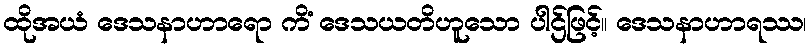
ထိုအယံ ဒေသနာဟာရော ကိံ ဒေသယတိဟူသော ပါဌ်ဖြင့်။ ဒေသနာဟာရဿ၊